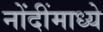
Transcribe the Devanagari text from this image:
नोंदींमाध्ये